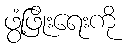
ဖွံ့ဖြိုးရေးကို